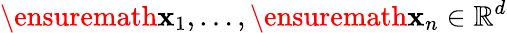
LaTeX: \ensuremath{\mathbf{x}}_{1},\dots,\ensuremath{\mathbf{x}}_{n}\in\mathbb{R}^{d}